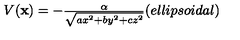
\begin{array} { c } { V ( { \bf x } ) = - { \frac { \alpha } { \sqrt { a x ^ { 2 } + b y ^ { 2 } + c z ^ { 2 } } } } \space \space \space \space ( e l l i p s o i d a l ) } \\ \end{array}